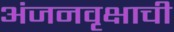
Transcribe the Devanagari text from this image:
अंजनवृक्षाची